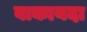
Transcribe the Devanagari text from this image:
वाकायदा